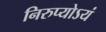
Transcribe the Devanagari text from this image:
निरुप्योऽयं